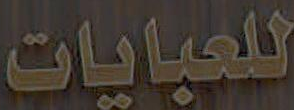
للعبايات